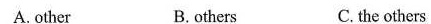
A.other B.others C.the others